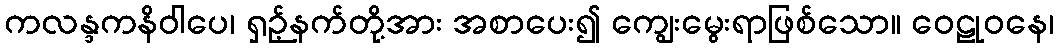
ကလန္ဒကနိဝါပေ၊ ရှဉ့်နက်တို့အား အစာပေး၍ ကျွေးမွေးရာဖြစ်သော။ ဝေဠုဝနေ၊